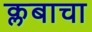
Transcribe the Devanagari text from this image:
क्लबाचा